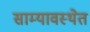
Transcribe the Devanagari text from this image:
साम्यावस्थेत